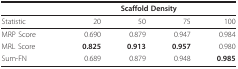
|  | <COLSPAN=4> Scaffold Density |
 | --- | --- | --- | --- | --- |
 | Statistic | 20 | 50 | 75 | 100 |
 | MRP Score | 0.690 | 0.879 | 0.947 | 0.984 |
 | MRL Score | 0.825 | 0.913 | 0.957 | 0.980 |
 | Sum-FN | 0.689 | 0.879 | 0.948 | 0.985 |